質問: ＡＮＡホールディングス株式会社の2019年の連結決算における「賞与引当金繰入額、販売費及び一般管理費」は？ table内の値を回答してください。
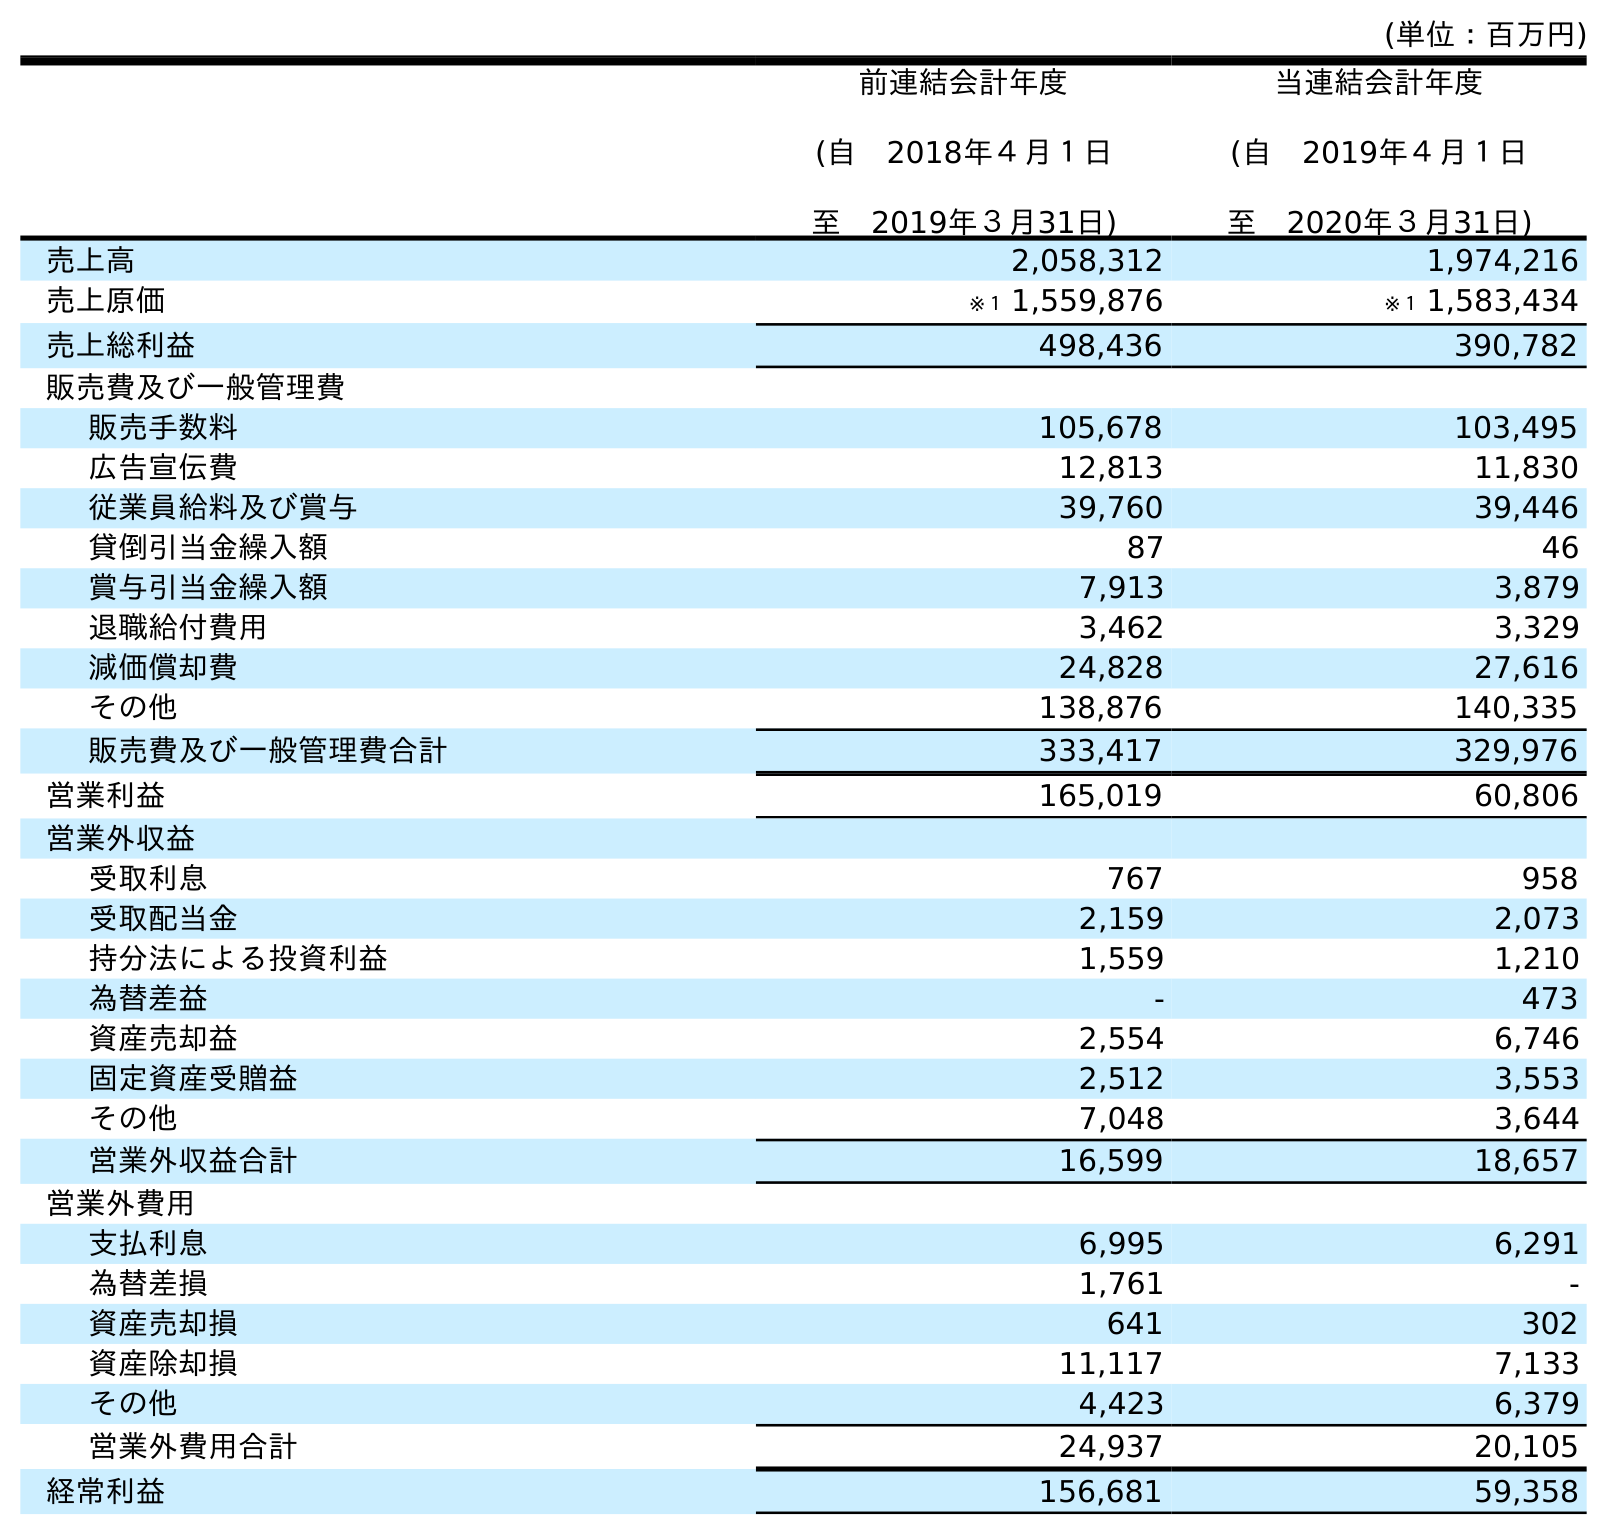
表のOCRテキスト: (単位：百万円) 前連結会計年度 (自 2018年４月１日 至 2019年３月31日) 当連結会計年度 (自 2019年４月１日 至 2020年３月31日) 売上高 2,058,312 1,974,216 売上原価 ※１ 1,559,876 ※１ 1,583,434 売上総利益 498,436 390,782 販売費及び一般管理費 販売手数料 105,678 103,495 広告宣伝費 12,813 11,830 従業員給料及び賞与 39,760 39,446 貸倒引当金繰入額 87 46 賞与引当金繰入額 7,913 3,879 退職給付費用 3,462 3,329 減価償却費 24,828 27,616 その他 138,876 140,335 販売費及び一般管理費合計 333,417 329,976 営業利益 165,019 60,806 営業外収益 受取利息 767 958 受取配当金 2,159 2,073 持分法による投資利益 1,559 1,210 為替差益 - 473 資産売却益 2,554 6,746 固定資産受贈益 2,512 3,553 その他 7,048 3,644 営業外収益合計 16,599 18,657 営業外費用 支払利息 6,995 6,291 為替差損 1,761 - 資産売却損 641 302 資産除却損 11,117 7,133 その他 4,423 6,379 営業外費用合計 24,937 20,105 経常利益 156,681 59,358
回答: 7,913